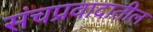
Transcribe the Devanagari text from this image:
संचप्रवादातील